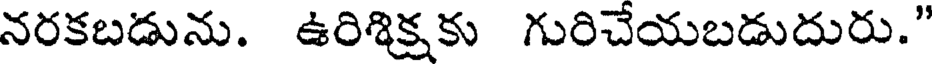
నరకబడును. ఉరిశిక్షకు గురిచేయబడుదురు."